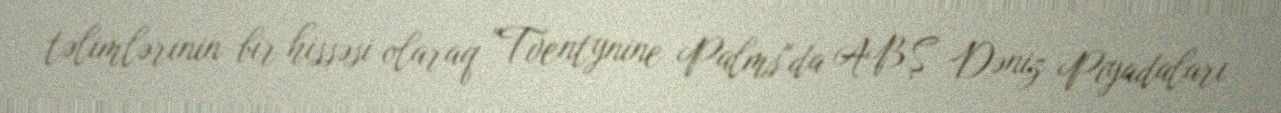
təlimlərinin bir hissəsi olaraq "Tventynine Palms"da ABŞ Dəniz Piyadaları